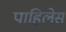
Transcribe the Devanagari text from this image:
पाहिलेस